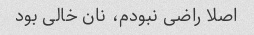
اصلا راضی نبودم، نان خالی بود